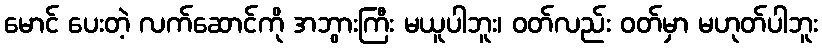
မောင် ပေးတဲ့ လက်ဆောင်ကို အဘွားကြီး မယူပါဘူး၊ ဝတ်လည်း ဝတ်မှာ မဟုတ်ပါဘူး